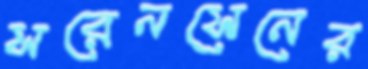
সরেনসেনের